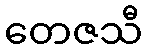
တေဇသီ